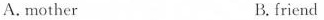
A.mother B.friend